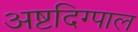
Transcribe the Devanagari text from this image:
अष्टदिग्पाल